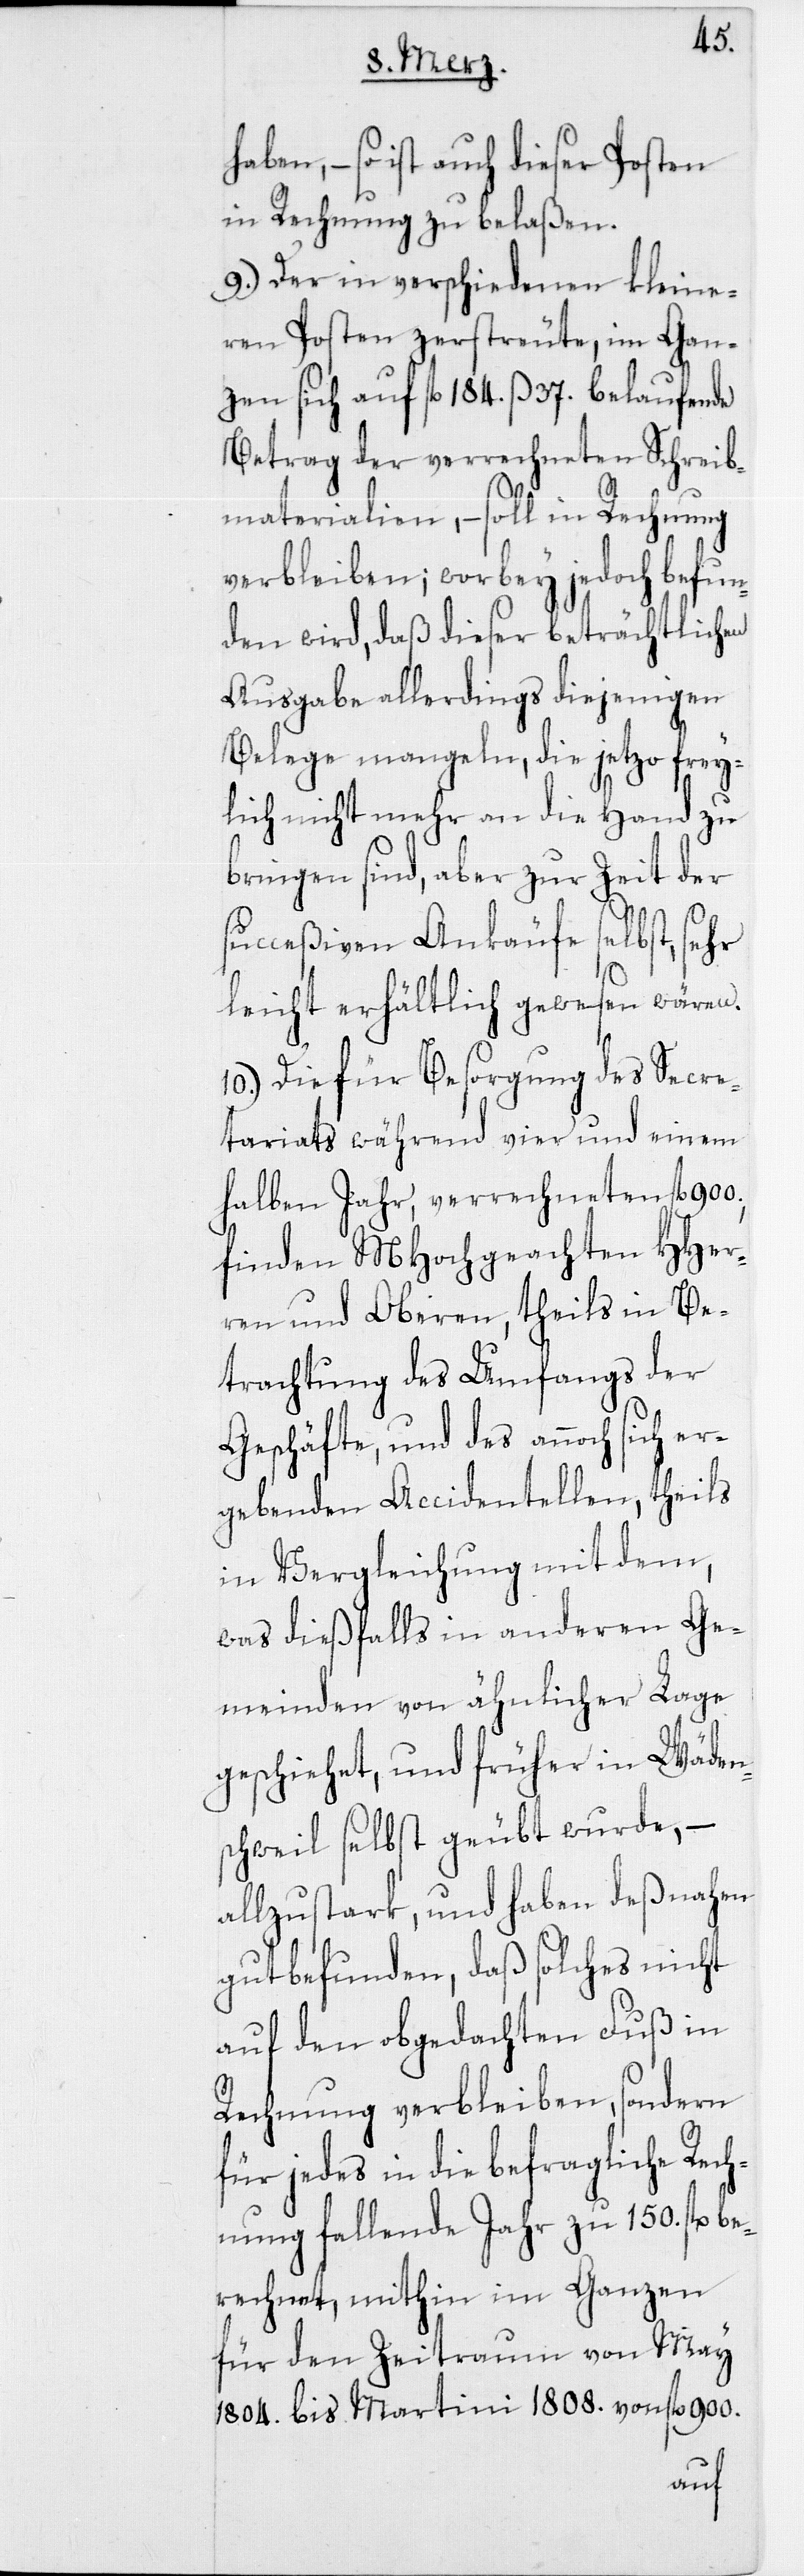
haben, – so ist auch dieser Posten
in Rechnung zu belaßen.
9.) Der in verschiedenen kleine¬
ren Posten zerstreute, im Gan¬
zen sich auf fl. 184. ß 37. belaufende
Betrag der verrechneten Schreib¬
materialien, – soll in Rechnung
verbleiben; worbey jedoch befun¬
den wird, daß dieser beträchtlichen
Ausgabe allerdings diejenigen
Belege mangeln, die jetzo frey¬
lich nicht mehr an die Hand zu
bringen sind, aber zur Zeit der
succeßiven Ankäufe selbst, sehr
leicht erhältlich gewesen wären.
10.) Die für Besorgung des Secre¬
tariats während vier und einem
halben Jahr, verrechneten fl. 900.,
finden MHochgeachten HHer¬
ren und Oberen, theils in Be¬
trachtung des Umfangs der
Geschäfte, und des annoch sich er¬
gebenden Accidentellen, theils
in Vergleichung mit dem,
was dießfalls in anderen Ge¬
meinden von ähnlicher Lage
geschiehet, und früher in Wäden¬
schweil selbst geübt wurde, –
allzustark, und haben deßnahen
gutbefunden, daß solches nicht
auf den obgedachten Fuß in
Rechnung verbleiben, sondern
für jedes in die befragliche Rech¬
nung fallende Jahr zu 150. fl. be¬
rechnet, mithin im Ganzen
für den Zeitraum von May
1804. bis Martini 1808. von fl. 900.